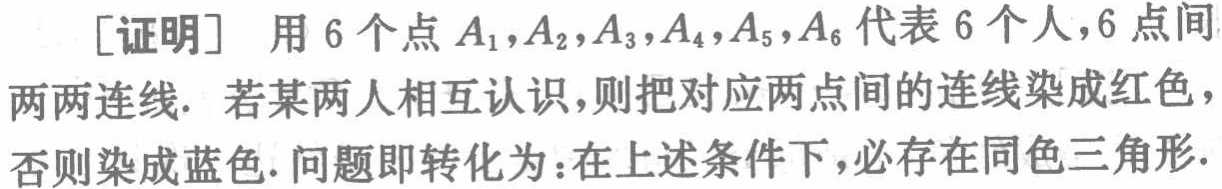
[证明] 用 6 个点 \(A_1,A_2,A_3,A_4,A_5,A_6\) 代表 6 个人，6 点间两两连线. 若某两人相互认识，则把对应两点间的连线染成红色，否则染成蓝色. 问题即转化为：在上述条件下，必存在同色三角形.